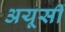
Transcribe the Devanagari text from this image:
अयूसी